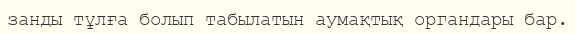
занды тұлға болып табылатын аумақтық органдары бар.